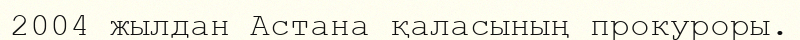
2004 жылдан Астана қаласының прокуроры.